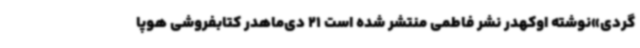
گردی»نوشته اوکهدر نشر فاطمی منتشر شده است 21 دی‌ماهدر کتابفروشی هوپا